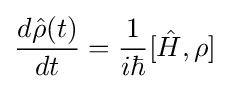
{\frac {d{\hat {\rho }}(t)}{dt}}={\frac {1}{i\hbar }}[{\hat {H}},\rho ]